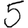
Digit: 5